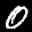
Label: 0